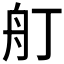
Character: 𦨍